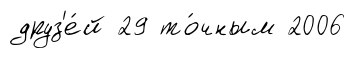
друз'е́й 29 то́чным 2006